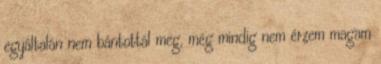
egyáltalán nem bántottál meg, még mindig nem érzem magam